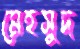
মেহসুদ